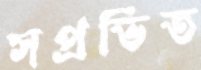
সপ্রভিত